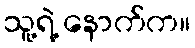
သူ့ရဲ့ နောက်က။